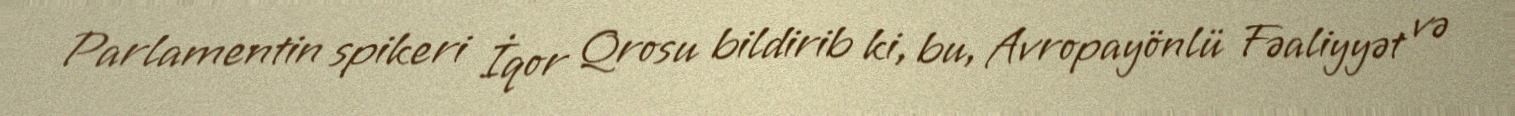
Parlamentin spikeri İqor Qrosu bildirib ki, bu, Avropayönlü Fəaliyyət və